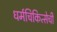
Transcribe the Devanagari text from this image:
धर्मचिकित्सेची